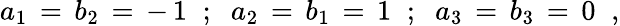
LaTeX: a_{1}\, =\, b_{2}\, =\, -\, 1\; \; ;\; \; a_{2}\, =\, b_{1}\, =\, 1\; \; ;\; \; a_{3}\, =\, b_{3}\, =\, 0\; \; ,